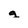
Character: g